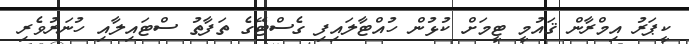
ކީޕަރު އިމްރާން ޤައުމީ ޓީމަށް ކުޅުން ހުއްޓާލައިފި ގެސްޓޭގެ ތަފާތު ސްޓައިލާއި ހުނަރުވެރި